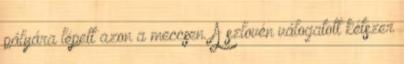
pályára lépett azon a meccsen. A szlovén válogatott kétszer